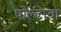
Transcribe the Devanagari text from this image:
पोल्टावा